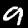
Label: 9